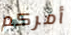
أمركم